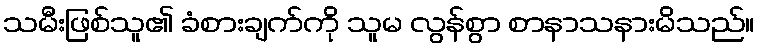
သမီးဖြစ်သူ၏ ခံစားချက်ကို သူမ လွန်စွာ စာနာသနားမိသည်။